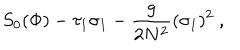
LaTeX: S _ { 0 } ( \Phi ) - \tau _ { 1 } \sigma _ { 1 } - { \frac { g } { 2 N ^ { 2 } } } ( \sigma _ { 1 } ) ^ { 2 } \ ,